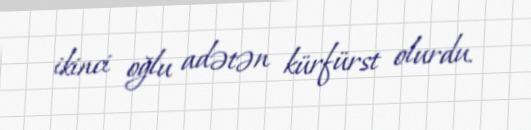
ikinci oğlu adətən kürfürst olurdu.